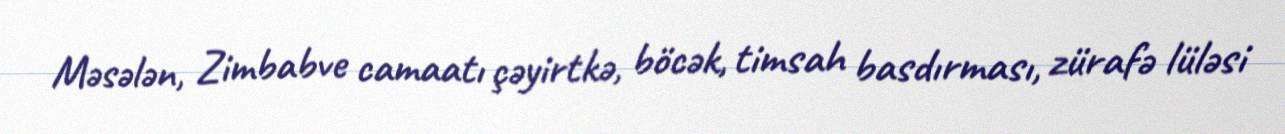
Məsələn, Zimbabve camaatı çəyirtkə, böcək, timsah basdırması, zürafə lüləsi